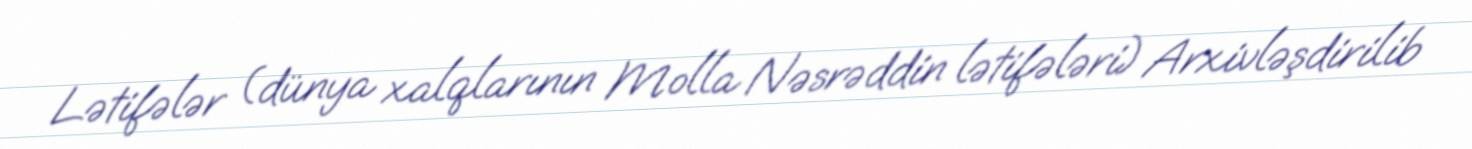
Lətifələr (dünya xalqlarının Molla Nəsrəddin lətifələri) Arxivləşdirilib